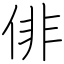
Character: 俳